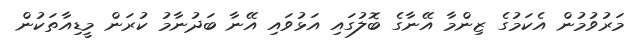
މަރުވުމުން އެކަމުގެ ޒިންމާ އޭނާގެ ބޮލުގައި އަޅުވައި އޭނާ ބަދުނާމު ކުރަން މީޑިއާތަކުން